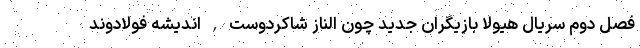
فصل دوم سریال هیولا بازیگران جدید چون الناز شاکردوست , اندیشه فولادوند